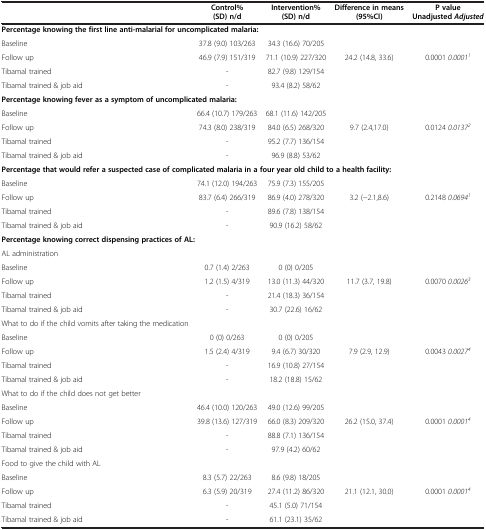
<table><thead><tr><td><b> </b></td><td><b>Control% (SD) n/d</b></td><td><b>Intervention% (SD) n/d</b></td><td><b>Difference in means (95%CI)</b></td><td><b>P value Unadjusted <i>Adjusted</i></b></td></tr></thead><tbody><tr><td><b>Percentage knowing the first line anti-malarial for uncomplicated malaria:</b></td><td> </td><td> </td><td> </td><td> </td></tr><tr><td>Baseline</td><td>37.8 (9.0) 103/263</td><td>34.3 (16.6) 70/205</td><td> </td><td> </td></tr><tr><td>Follow up</td><td>46.9 (7.9) 151/319</td><td>71.1 (10.9) 227/320</td><td>24.2 (14.8, 33.6)</td><td>0.0001 <i>0.0001</i><sup><i>1</i></sup></td></tr><tr><td>Tibamal trained</td><td>-</td><td>82.7 (9.8) 129/154</td><td> </td><td> </td></tr><tr><td>Tibamal trained &amp; job aid</td><td>-</td><td>93.4 (8.2) 58/62</td><td> </td><td> </td></tr><tr><td><b>Percentage knowing fever as a symptom of uncomplicated malaria:</b></td><td> </td><td> </td><td> </td><td> </td></tr><tr><td>Baseline</td><td>66.4 (10.7) 179/263</td><td>68.1 (11.6) 142/205</td><td> </td><td> </td></tr><tr><td>Follow up</td><td>74.3 (8.0) 238/319</td><td>84.0 (6.5) 268/320</td><td>9.7 (2.4,17.0)</td><td>0.0124 <i>0.0137</i><sup><i>2</i></sup></td></tr><tr><td>Tibamal trained</td><td>-</td><td>95.2 (7.7) 136/154</td><td> </td><td> </td></tr><tr><td>Tibamal trained &amp; job aid</td><td>-</td><td>96.9 (8.8) 53/62</td><td> </td><td> </td></tr><tr><td><b>Percentage that would refer a suspected case of complicated malaria in a four year old child to a health facility:</b></td><td> </td><td> </td><td> </td><td> </td></tr><tr><td>Baseline</td><td>74.1 (12.0) 194/263</td><td>75.9 (7.3) 155/205</td><td> </td><td> </td></tr><tr><td>Follow up</td><td>83.7 (6.4) 266/319</td><td>86.9 (4.0) 278/320</td><td>3.2 (−2.1,8.6)</td><td>0.2148 <i>0.0694</i><sup><i>1</i></sup></td></tr><tr><td>Tibamal trained</td><td>-</td><td>89.6 (7.8) 138/154</td><td> </td><td> </td></tr><tr><td>Tibamal trained &amp; job aid</td><td>-</td><td>90.9 (16.2) 58/62</td><td> </td><td> </td></tr><tr><td><b>Percentage knowing correct dispensing practices of AL:</b></td><td> </td><td> </td><td> </td><td> </td></tr><tr><td>AL administration</td><td> </td><td> </td><td> </td><td> </td></tr><tr><td>Baseline</td><td>0.7 (1.4) 2/263</td><td>0 (0) 0/205</td><td> </td><td> </td></tr><tr><td>Follow up</td><td>1.2 (1.5) 4/319</td><td>13.0 (11.3) 44/320</td><td>11.7 (3.7, 19.8)</td><td>0.0070 <i>0.0026</i><sup><i>3</i></sup></td></tr><tr><td>Tibamal trained</td><td>-</td><td>21.4 (18.3) 36/154</td><td> </td><td> </td></tr><tr><td>Tibamal trained &amp; job aid</td><td>-</td><td>30.7 (22.6) 16/62</td><td> </td><td> </td></tr><tr><td>What to do if the child vomits after taking the medication</td><td> </td><td> </td><td> </td><td> </td></tr><tr><td>Baseline</td><td>0 (0) 0/263</td><td>0 (0) 0/205</td><td> </td><td> </td></tr><tr><td>Follow up</td><td>1.5 (2.4) 4/319</td><td>9.4 (6.7) 30/320</td><td>7.9 (2.9, 12.9)</td><td>0.0043 <i>0.0027</i><sup><i>4</i></sup></td></tr><tr><td>Tibamal trained</td><td>-</td><td>16.9 (10.8) 27/154</td><td> </td><td> </td></tr><tr><td>Tibamal trained &amp; job aid</td><td>-</td><td>18.2 (18.8) 15/62</td><td> </td><td> </td></tr><tr><td>What to do if the child does not get better</td><td> </td><td> </td><td> </td><td> </td></tr><tr><td>Baseline</td><td>46.4 (10.0) 120/263</td><td>49.0 (12.6) 99/205</td><td> </td><td> </td></tr><tr><td>Follow up</td><td>39.8 (13.6) 127/319</td><td>66.0 (8.3) 209/320</td><td>26.2 (15.0, 37.4)</td><td>0.0001 <i>0.0001</i><sup><i>4</i></sup></td></tr><tr><td>Tibamal trained</td><td>-</td><td>88.8 (7.1) 136/154</td><td> </td><td> </td></tr><tr><td>Tibamal trained &amp; job aid</td><td>-</td><td>97.9 (4.2) 60/62</td><td> </td><td> </td></tr><tr><td>Food to give the child with AL</td><td> </td><td> </td><td> </td><td> </td></tr><tr><td>Baseline</td><td>8.3 (5.7) 22/263</td><td>8.6 (9.8) 18/205</td><td> </td><td> </td></tr><tr><td>Follow up</td><td>6.3 (5.9) 20/319</td><td>27.4 (11.2) 86/320</td><td>21.1 (12.1, 30.0)</td><td>0.0001 <i>0.0001</i><sup><i>4</i></sup></td></tr><tr><td>Tibamal trained</td><td>-</td><td>45.1 (5.0) 71/154</td><td> </td><td> </td></tr><tr><td>Tibamal trained &amp; job aid</td><td>-</td><td>61.1 (23.1) 35/62</td><td> </td><td> </td></tr></tbody></table>